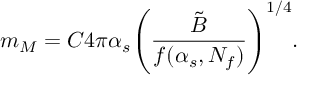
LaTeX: m _ { M } = C 4 \pi \alpha _ { s } \Biggl ( { \frac { \tilde { B } } { f ( \alpha _ { s } , N _ { f } ) } } \Biggr ) ^ { 1 / 4 } .